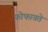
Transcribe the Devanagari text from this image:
फोफावते